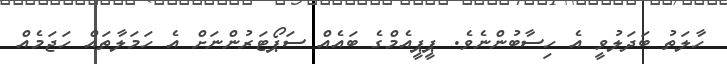
ހާލަތު ބަދަލުވީ އެ ހިސާބުންނެވެ. ޕީޕީއެމްގެ ބައެއް ސަޕޯޓަރުންނަށް އެ ހަމަލާތައް ހަޖަމެއް